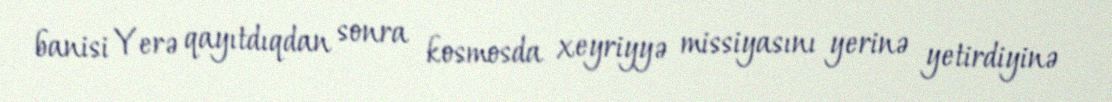
banisi Yerə qayıtdıqdan sonra kosmosda xeyriyyə missiyasını yerinə yetirdiyinə